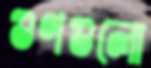
গুণগুলো